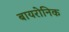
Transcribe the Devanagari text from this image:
बायरोनिक